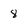
Character: 8